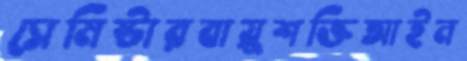
সেমিষ্টারবায়ুশক্তিআইন